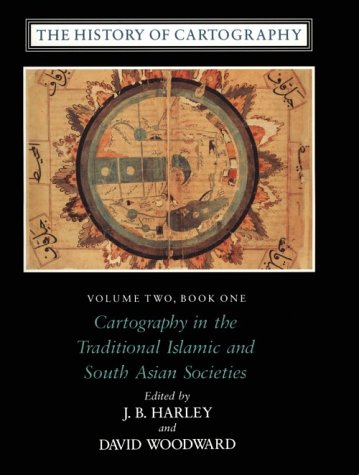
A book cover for The History of Cartography, Volume 2, Book 1: Cartography in the Traditional Islamic and South Asian Societies; Science & Math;